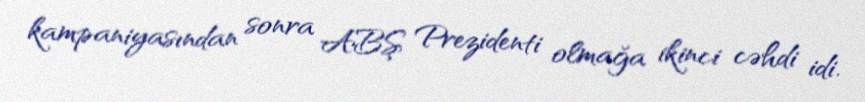
kampaniyasından sonra ABŞ Prezidenti olmağa ikinci cəhdi idi.